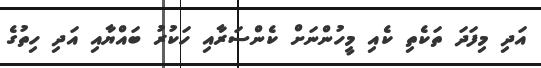
އަދި މިފަދަ ތަކެތި ކެއި މީހުންނަށް ކެންސަރާއި ހަކުރު ބައްޔާއި އަދި ހިތުގެ